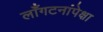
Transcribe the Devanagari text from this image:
लाँगटनांपेक्षा